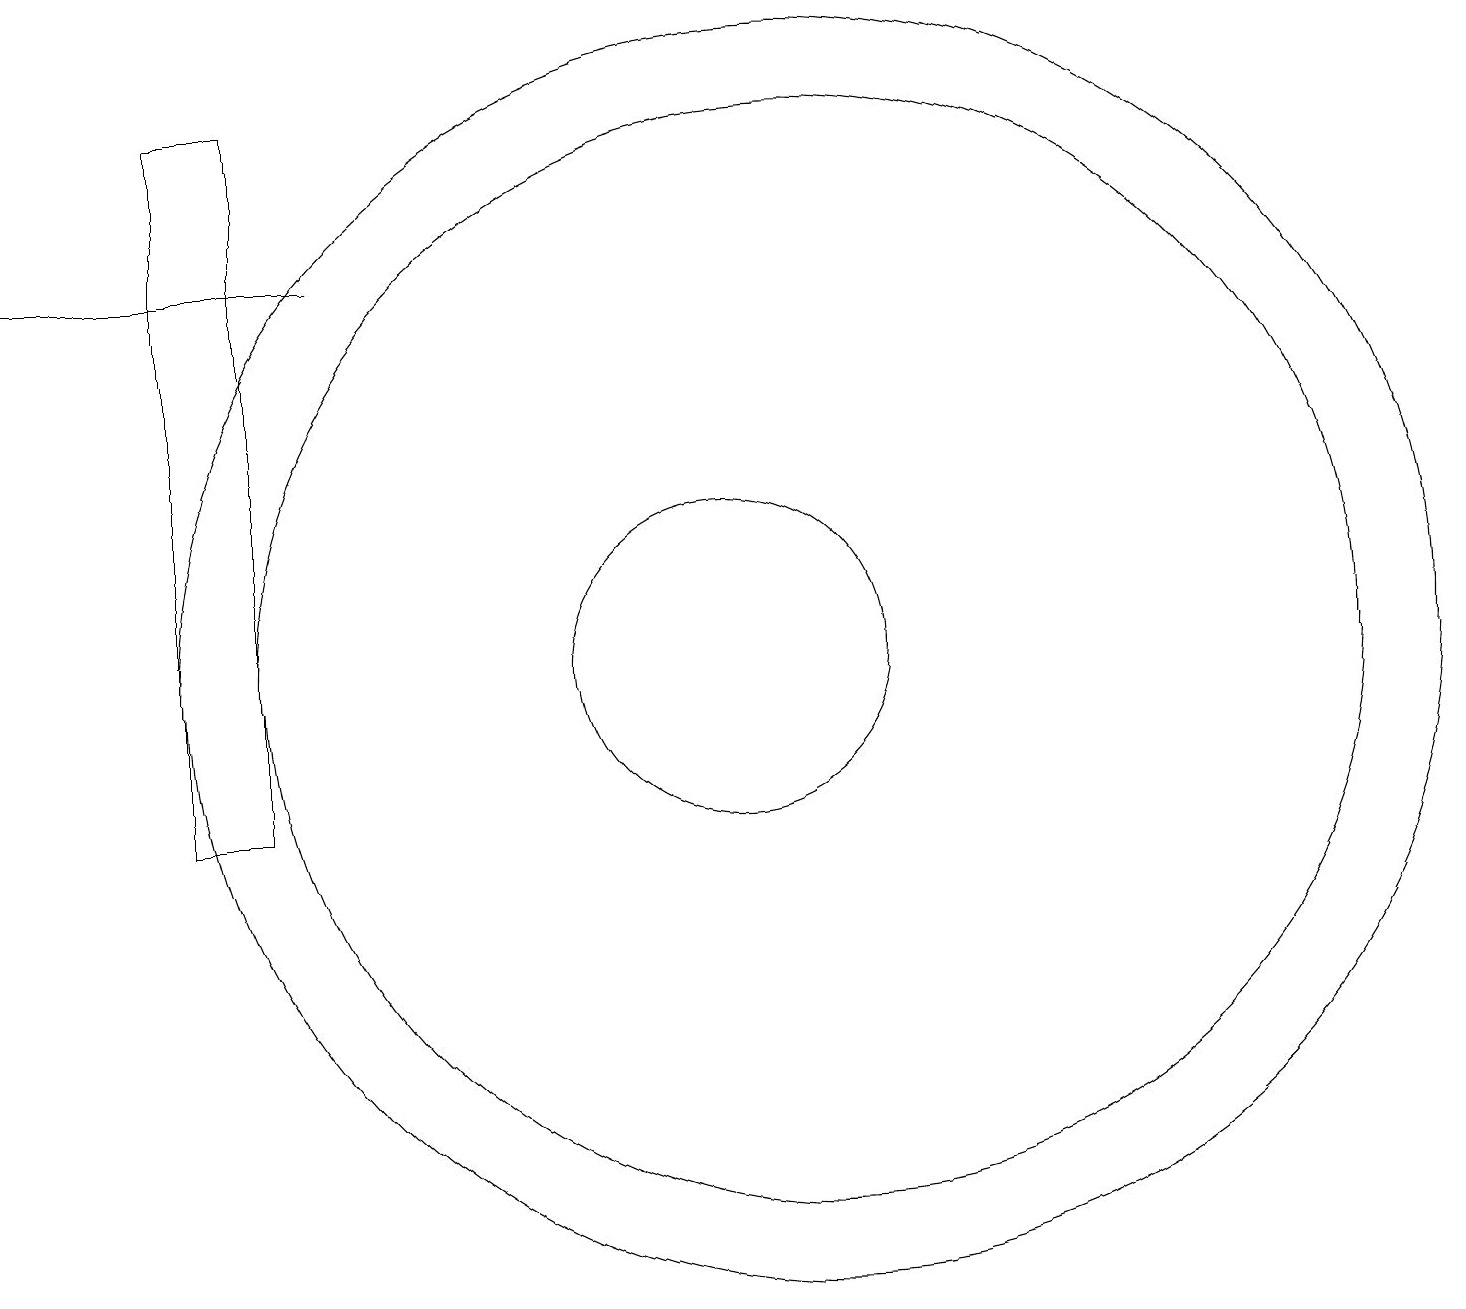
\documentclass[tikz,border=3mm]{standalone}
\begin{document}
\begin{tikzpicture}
\draw (3,18) rectangle (3,12);
\draw (11,12) circle (7);
\draw (10,12) circle (2);
\draw (1,17) rectangle (5,17);
\draw (11,12) circle (8);
\draw (4,19) rectangle (3,10);
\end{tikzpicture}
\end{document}